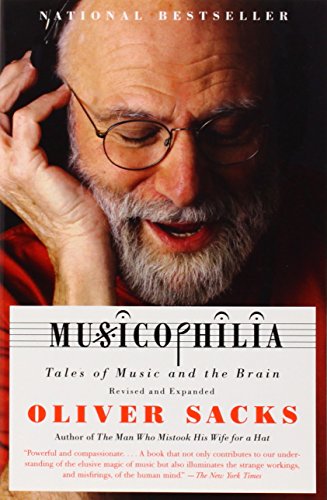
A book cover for Musicophilia: Tales of Music and the Brain, Revised and Expanded Edition; Oliver Sacks; Arts & Photography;